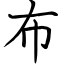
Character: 布